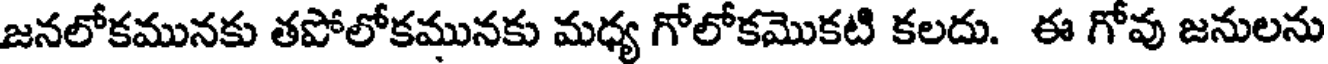
జనలోకమునకు తపోలోకమునకు మధ్య గోలోకమొకటి కలదు. ఈ గోవు జనులను